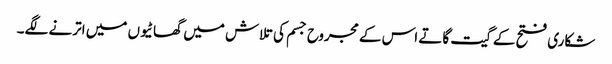
شکاری فتح کے گیت گاتے اس کے مجروح جسم کی تلاش میں گھاٹیوں میں اترنے لگے۔